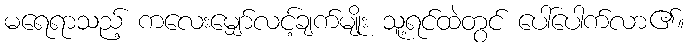
မရေရာသည့် ကလေးမျှော်လင့်ချက်မျိုး သူ့ရင်ထဲတွင် ပေါ်ပေါက်လာ၏။